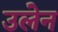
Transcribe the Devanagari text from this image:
उलेन